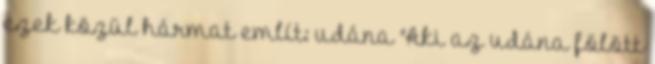
ezek közül hármat említ: udána "Aki az udána fölött